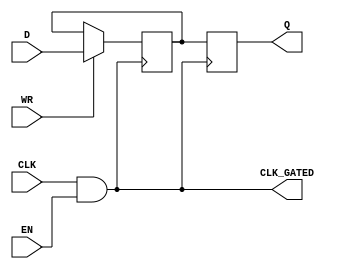
module static_clock_gating (
    input wire CLK,        // Primary clock signal
    input wire EN,         // Enable signal
    output wire CLK_GATED, // Gated clock signal
    input wire [7:0] D,    // Data input for memory
    input wire WR,         // Write enable signal
    output reg [7:0] Q     // Data output from memory
);

    // Clock gating logic
    assign CLK_GATED = CLK & EN; // Gated clock is CLK when EN is high

    // Memory block (simple register-based example)
    reg [7:0] memory [0:15]; // 16 x 8-bit memory

    always @(posedge CLK_GATED) begin
        if (WR) begin
            memory[0] <= D; // Write operation (example: writing to address 0)
        end
        Q <= memory[0]; // Read operation (example: reading from address 0)
    end

endmodule